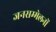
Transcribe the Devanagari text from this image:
जनसम्मेलनों